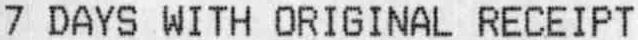
7 DAYS WITH ORIGINAL RECEIPT